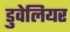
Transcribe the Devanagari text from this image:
डुवेलियर